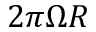
2 \pi \Omega R